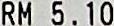
RM 5.10